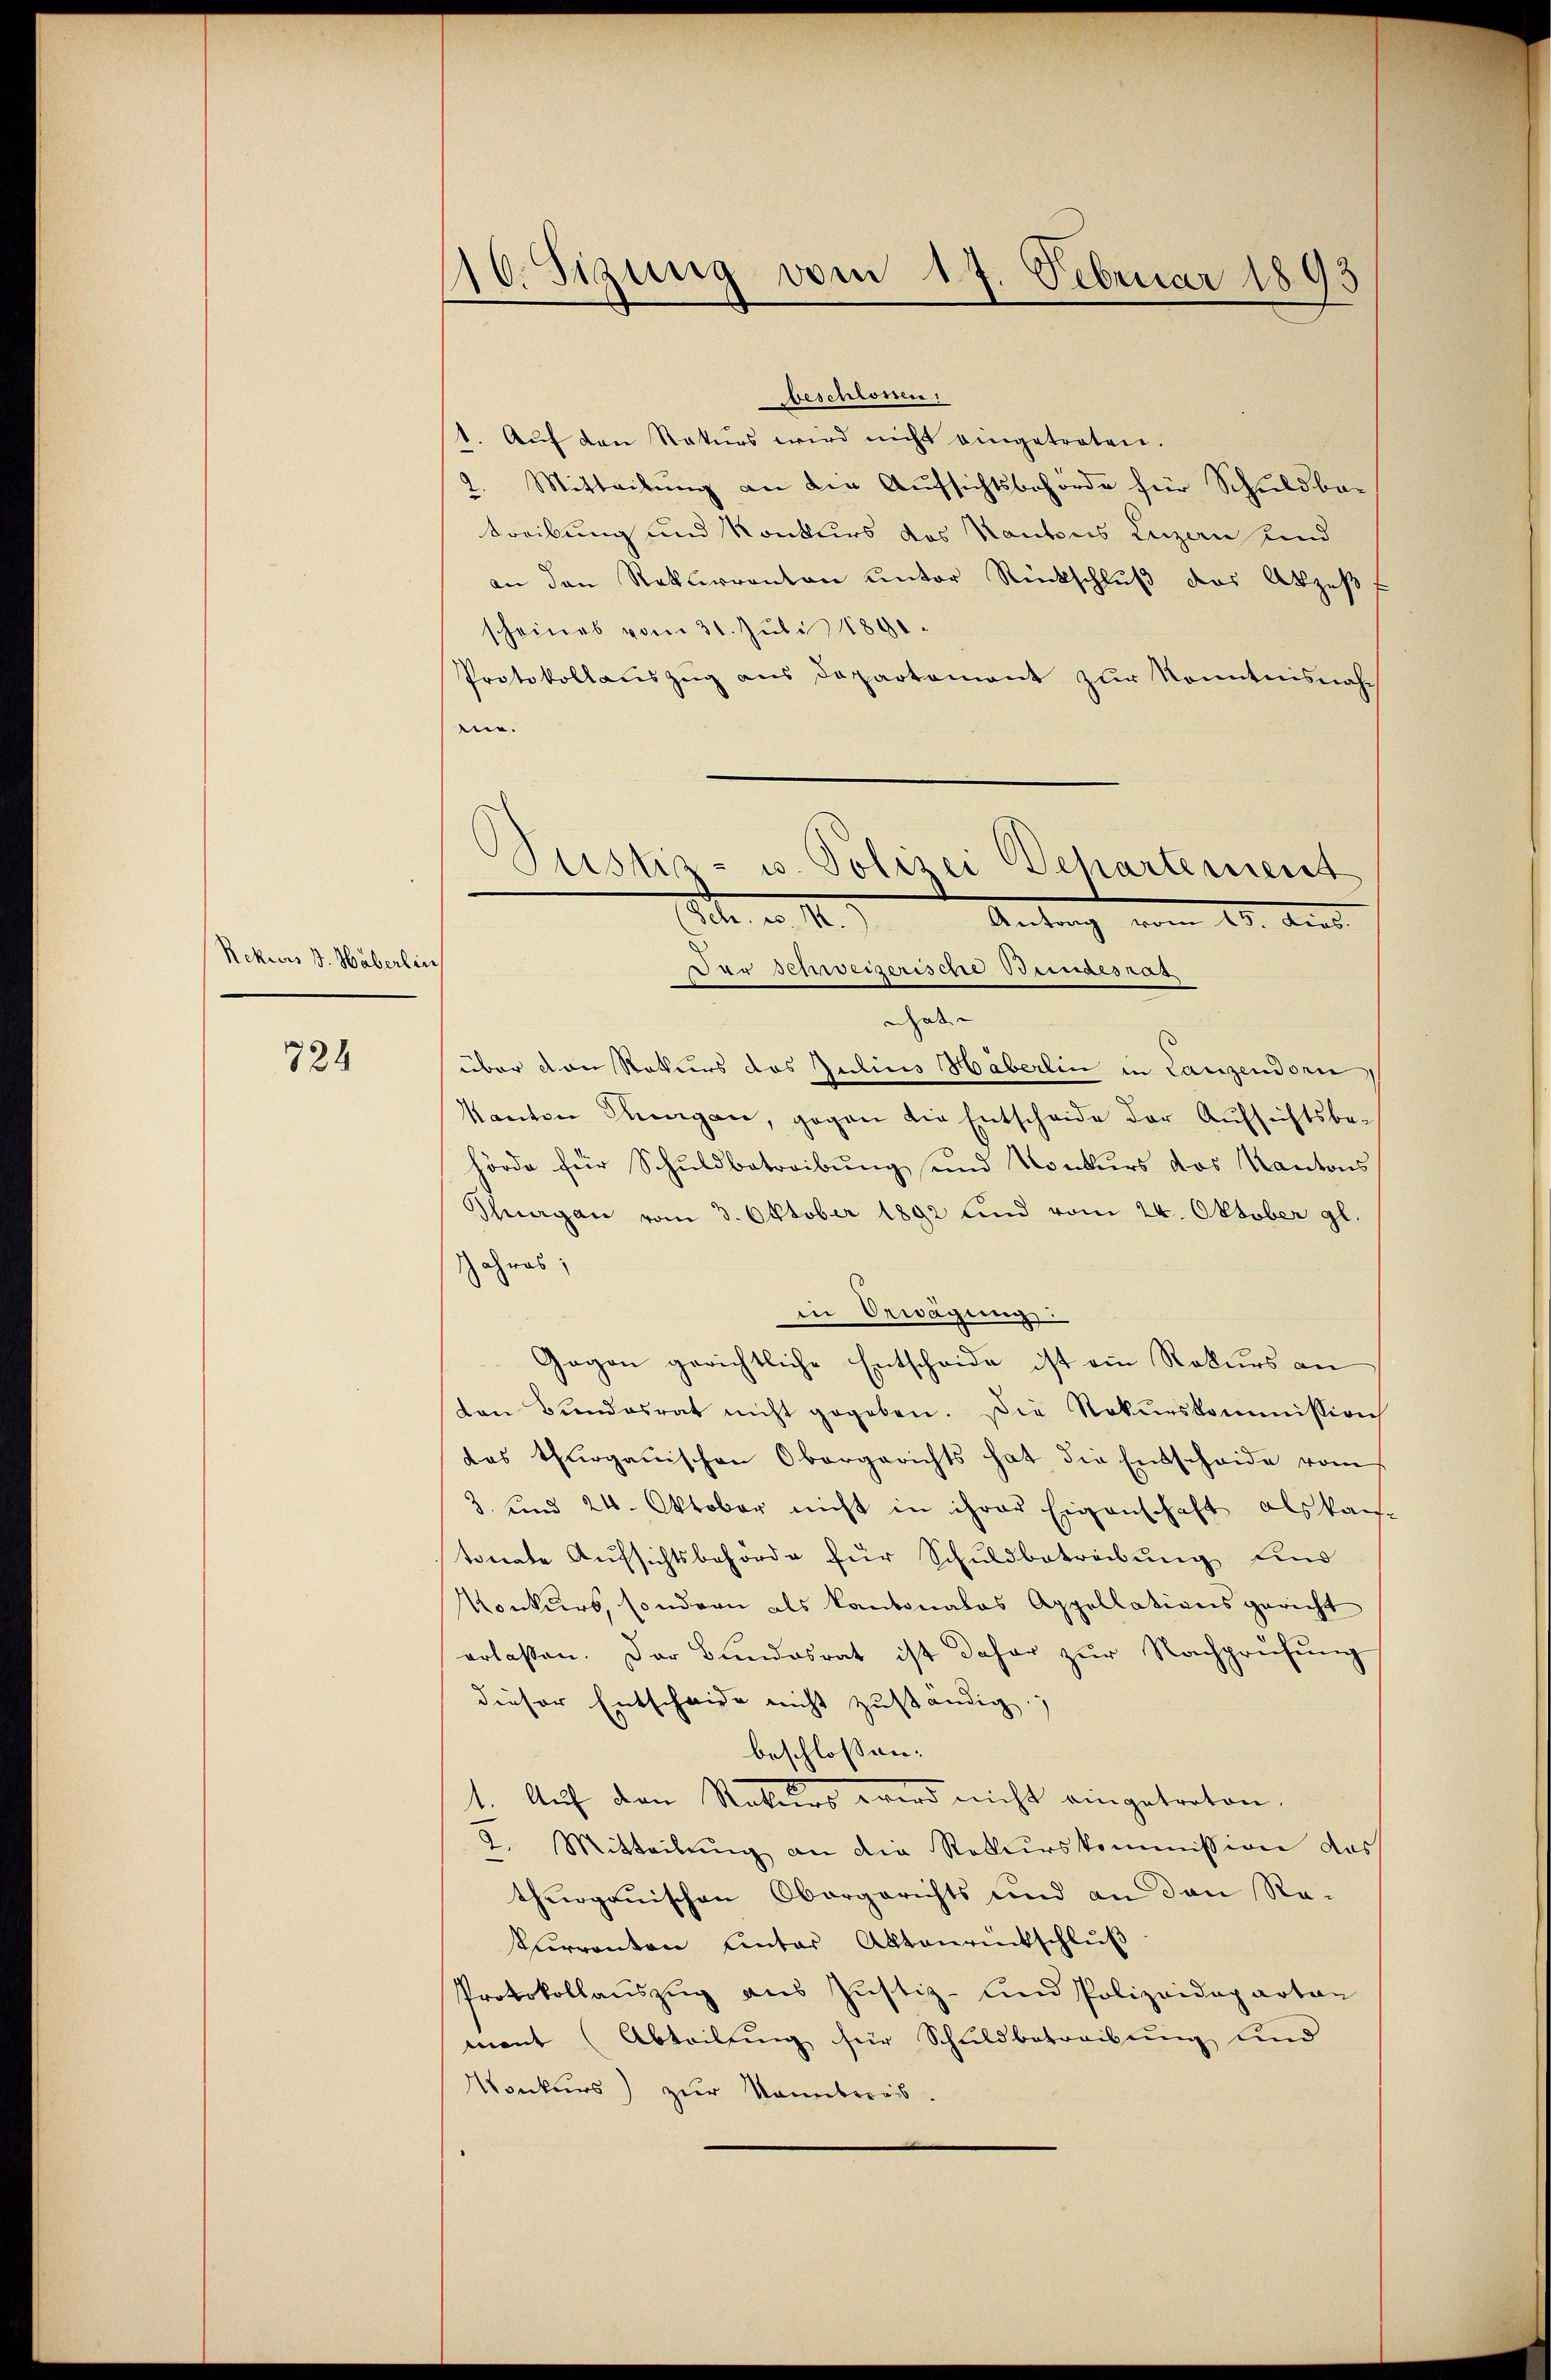
Rekurs d. Wäberlin

724

110. Sigung vom 17. Februar 1893

beschlossen
1. Aŭf den Naturs wird nicht eingetreten.
2. Mitteilung an die Aufsichtsbehörde für Schuldbatreibung und Konkurs des Kantons Luzern sind
an den Rekurrenton unter Rückschluß das Akzeß
scheines vom 31. Jŭli 1891.
Protokollauszug aus Departement zur Konntnisnahen.
Dor Schweizerische Beindesrat
nhat
über von Rekurs des Julius Häberlin in Lanzendorn
Kanton Thurgau, gegen die Entscheide der Aufsichtsbe-
hörde für Schuldbetreibŭng und Konkurs das Kantons
Shnagan vom 3. Oktober 1892 sind vom 24. Oktober gl.
Jahres;
in Erwägung
Gegen gerichtliche Entscheide ist ein Rekurs an
ten Bŭndesrat nicht gegeben. Die Rekurskommission
das thurgauischen Obergerichts hat die Entscheide vom
3. und 24. Oktober nicht in ihrer Eigenschaft als kan-
tonate Aufsichtsbehörde für Schuldbetreibung sind
Konkurs, sondern als Kantonales Appellationsgericht
erlassen. Der Bŭndesrat ist daher zŭr Nachprüfŭng
dieser Entscheide nicht zuständig.
beschlossen:
1. Auf den Staturs wird nicht eingetreten.
2. Mitteilŭng an die Rekurskommission das
thurgauischen Obergerichts und an den Rekurrenten unter Aktenrückschluß
Protokollaŭszŭg aŭs Jŭstiz- und Polizeidepartan
mant (Abteilung für Schuldbetreibung und
Konkurs) zur Kannbereis.

Sistiz- u. Polizei Departement
8 n 1.
Antrag vom 15. Aus